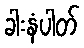
ခါးနံပါတ်